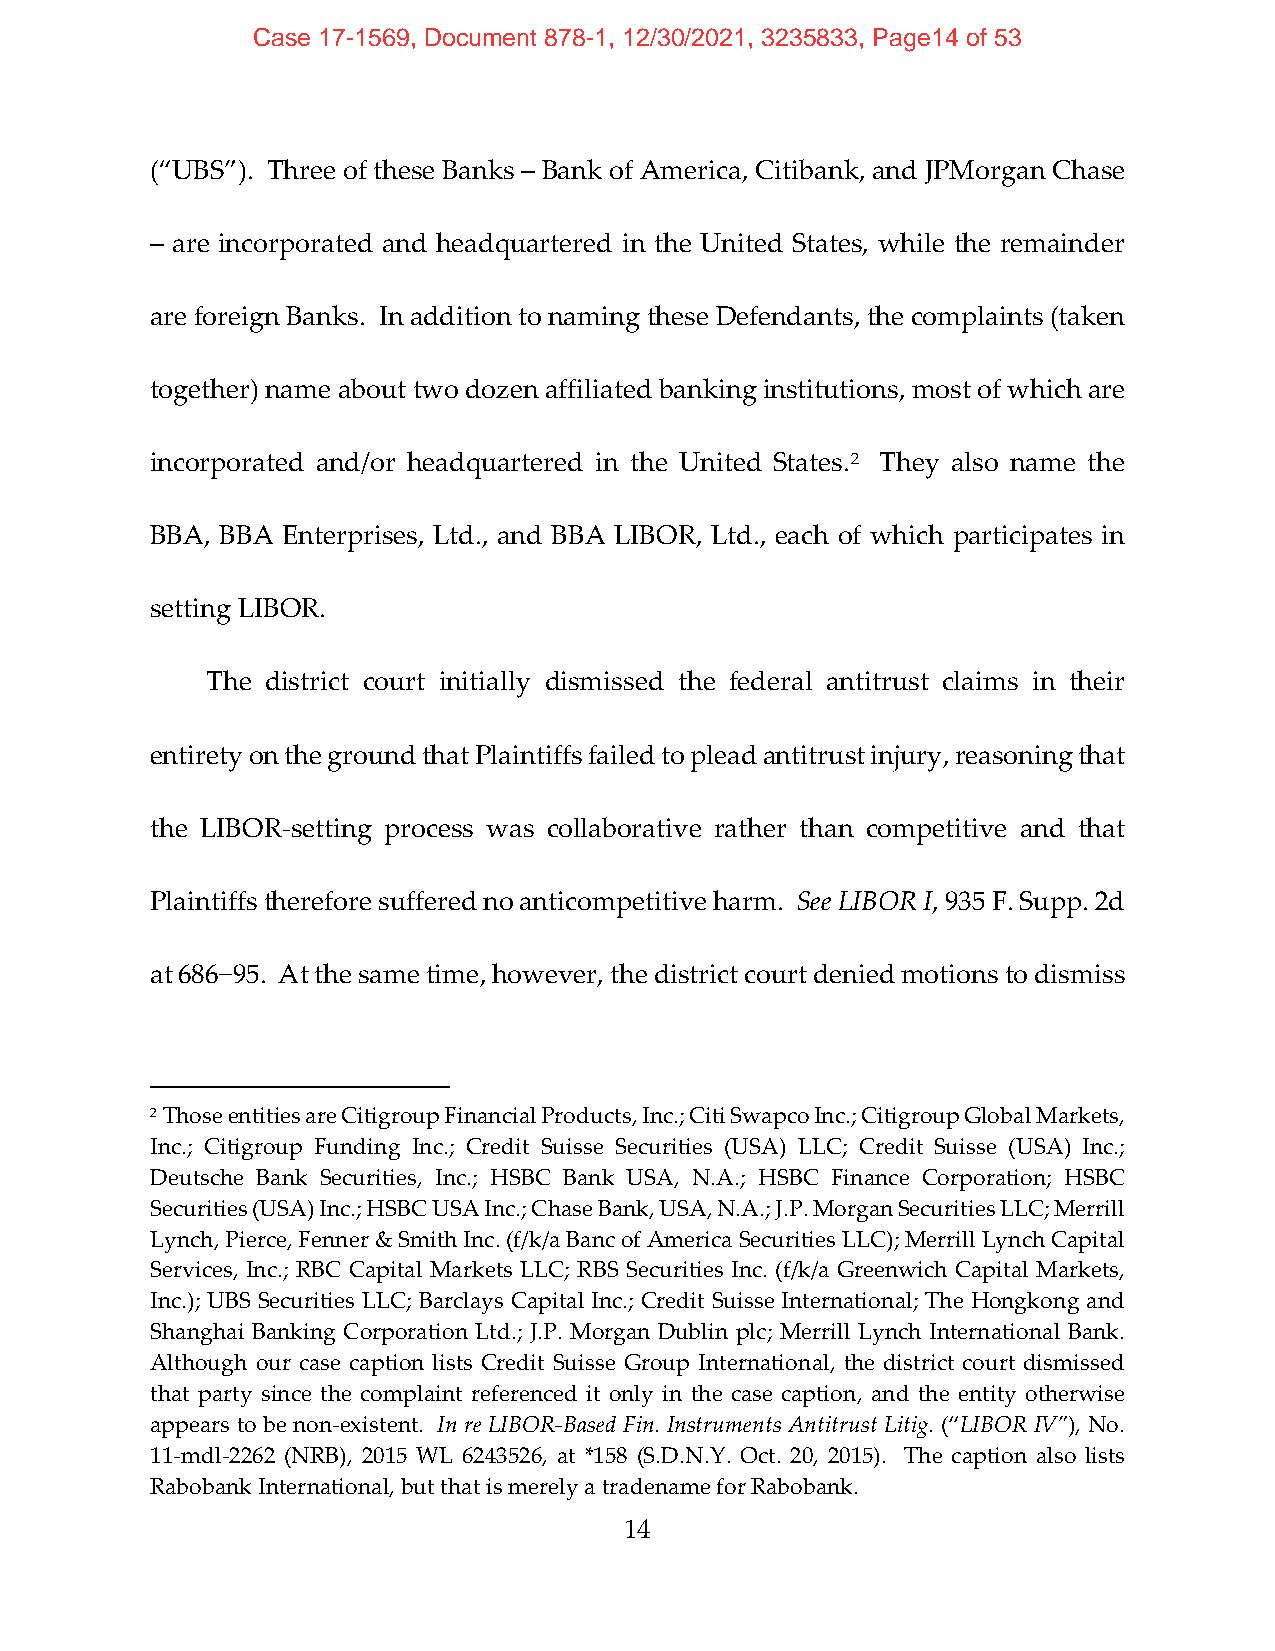
Case 17-1569, Document 878-1, 12/30/2021, 3235833, Page14 of 53
 (“UBS”). Three of these Banks – Bank of America, Citibank, and JPMorgan Chase
 – are incorporated and headquartered in the United States, while the remainder
 are foreign Banks. In addition to naming these Defendants, the complaints (taken
 together) name about two dozen affiliated banking institutions, most of which are
 incorporated and/or headquartered in the United States.2 They also name the
 BBA, BBA Enterprises, Ltd., and BBA LIBOR, Ltd., each of which participates in
 setting LIBOR.
 The district court initially dismissed the federal antitrust claims in their
 entirety on the ground that Plaintiffs failed to plead antitrust injury, reasoning that
 the LIBOR‐setting process was collaborative rather than competitive and that
 Plaintiffs therefore suffered no anticompetitive harm. See LIBOR I, 935 F. Supp. 2d
 at 686−95. At the same time, however, the district court denied motions to dismiss
 2 Those entities are Citigroup Financial Products, Inc.; Citi Swapco Inc.; Citigroup Global Markets,
 Inc.; Citigroup Funding Inc.; Credit Suisse Securities (USA) LLC; Credit Suisse (USA) Inc.;
 Deutsche Bank Securities, Inc.; HSBC Bank USA, N.A.; HSBC Finance Corporation; HSBC
 Securities (USA) Inc.; HSBC USA Inc.; Chase Bank, USA, N.A.; J.P. Morgan Securities LLC; Merrill
 Lynch, Pierce, Fenner & Smith Inc. (f/k/a Banc of America Securities LLC); Merrill Lynch Capital
 Services, Inc.; RBC Capital Markets LLC; RBS Securities Inc. (f/k/a Greenwich Capital Markets,
 Inc.); UBS Securities LLC; Barclays Capital Inc.; Credit Suisse International; The Hongkong and
 Shanghai Banking Corporation Ltd.; J.P. Morgan Dublin plc; Merrill Lynch International Bank.
 Although our case caption lists Credit Suisse Group International, the district court dismissed
 that party since the complaint referenced it only in the case caption, and the entity otherwise
 appears to be non‐existent. In re LIBOR‐Based Fin. Instruments Antitrust Litig. (“LIBOR IV”), No.
 11‐mdl‐2262 (NRB), 2015 WL 6243526, at *158 (S.D.N.Y. Oct. 20, 2015). The caption also lists
 Rabobank International, but that is merely a tradename for Rabobank.
 14